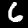
Digit: 6